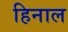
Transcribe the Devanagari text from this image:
हिनाल